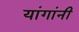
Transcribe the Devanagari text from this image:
यांगांनी